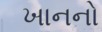
ખાનનો